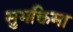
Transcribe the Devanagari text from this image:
सुभक्तिमा